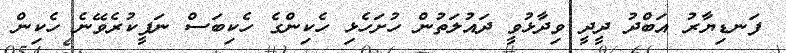
ފަނޑިޔާރު އަބްދު ދީދީ ވިދާޅުވީ ދައުލަތުން ހުށަހެޅި ހެކިންގެ ހެކިބަސް ނަފީކުރެވޭނެ ހެކިން